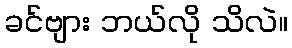
ခင်ဗျား ဘယ်လို သိလဲ။